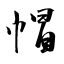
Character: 帽